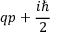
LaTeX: q p + { \frac { i \hbar } { 2 } }